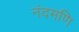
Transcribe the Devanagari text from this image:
नंदमणि